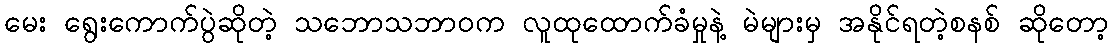
မေး ရွေးကောက်ပွဲဆိုတဲ့ သဘောသဘာဝက လူထုထောက်ခံမှုနဲ့ မဲများမှ အနိုင်ရတဲ့စနစ် ဆိုတော့